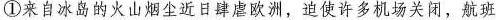
①来自冰岛的火山烟尘近日肆虐欧洲，迫使许多机场关闭，航班